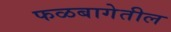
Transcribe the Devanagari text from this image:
फळबागेतील